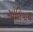
ગોલિયાથ